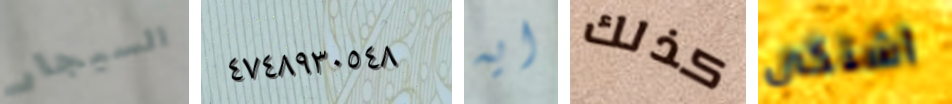
السيجار ٤٧٤٨٩٣٠٥٤٨ ايه كذلك اشتكى